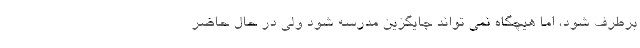
برطرف شود، اما هیچگاه نمی تواند جایگزین مدرسه شود ولی در حال حاضر